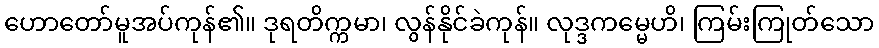
ဟောတော်မူအပ်ကုန်၏။ ဒုရတိက္ကမာ၊ လွန်နိုင်ခဲကုန်။ လုဒ္ဒကမ္မေဟိ၊ ကြမ်းကြုတ်သော